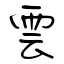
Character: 雲